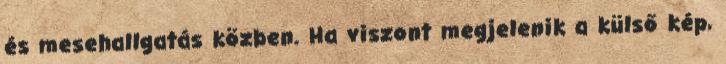
és mesehallgatás közben. Ha viszont megjelenik a külső kép,